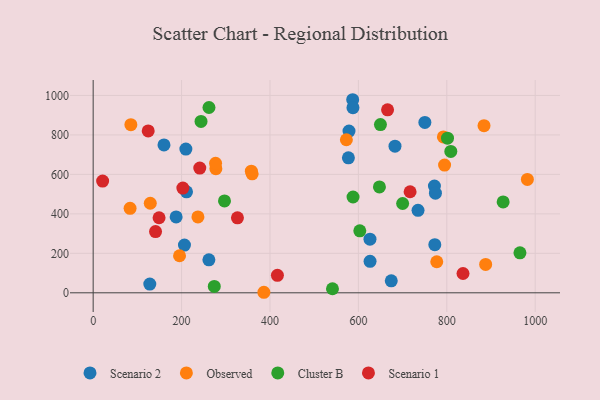
{"axis": {"x": "Experience", "y": "Yield"}, "legend": ["Cluster B", "Observed", "Scenario 1", "Scenario 2"], "data": [{"x": "261.8", "y": 167.0, "type": "Scenario 2"}, {"x": "187.7", "y": 384.7, "type": "Scenario 2"}, {"x": "674.4", "y": 60.9, "type": "Scenario 2"}, {"x": "682.8", "y": 742.9, "type": "Scenario 2"}, {"x": "128.1", "y": 44.3, "type": "Scenario 2"}, {"x": "577.4", "y": 684.0, "type": "Scenario 2"}, {"x": "626.4", "y": 159.3, "type": "Scenario 2"}, {"x": "206.5", "y": 241.6, "type": "Scenario 2"}, {"x": "734.9", "y": 417.8, "type": "Scenario 2"}, {"x": "211.2", "y": 511.6, "type": "Scenario 2"}, {"x": "587.1", "y": 978.3, "type": "Scenario 2"}, {"x": "772.0", "y": 540.6, "type": "Scenario 2"}, {"x": "587.7", "y": 938.2, "type": "Scenario 2"}, {"x": "578.8", "y": 819.3, "type": "Scenario 2"}, {"x": "160.2", "y": 749.3, "type": "Scenario 2"}, {"x": "750.4", "y": 863.3, "type": "Scenario 2"}, {"x": "772.9", "y": 243.9, "type": "Scenario 2"}, {"x": "209.7", "y": 728.5, "type": "Scenario 2"}, {"x": "626.2", "y": 271.7, "type": "Scenario 2"}, {"x": "774.3", "y": 504.7, "type": "Scenario 2"}, {"x": "85.3", "y": 851.7, "type": "Observed"}, {"x": "777.3", "y": 157.3, "type": "Observed"}, {"x": "795.0", "y": 647.1, "type": "Observed"}, {"x": "83.5", "y": 428.2, "type": "Observed"}, {"x": "572.8", "y": 775.6, "type": "Observed"}, {"x": "237.0", "y": 384.3, "type": "Observed"}, {"x": "982.3", "y": 574.7, "type": "Observed"}, {"x": "386.2", "y": 2.7, "type": "Observed"}, {"x": "884.2", "y": 846.9, "type": "Observed"}, {"x": "129.2", "y": 453.7, "type": "Observed"}, {"x": "195.4", "y": 187.7, "type": "Observed"}, {"x": "277.6", "y": 628.7, "type": "Observed"}, {"x": "276.9", "y": 656.5, "type": "Observed"}, {"x": "792.3", "y": 789.8, "type": "Observed"}, {"x": "887.9", "y": 144.0, "type": "Observed"}, {"x": "357.8", "y": 616.1, "type": "Observed"}, {"x": "359.7", "y": 603.0, "type": "Observed"}, {"x": "274.0", "y": 32.4, "type": "Cluster B"}, {"x": "965.5", "y": 202.7, "type": "Cluster B"}, {"x": "244.0", "y": 868.6, "type": "Cluster B"}, {"x": "297.1", "y": 465.7, "type": "Cluster B"}, {"x": "801.6", "y": 783.3, "type": "Cluster B"}, {"x": "262.0", "y": 938.9, "type": "Cluster B"}, {"x": "927.5", "y": 460.3, "type": "Cluster B"}, {"x": "541.4", "y": 20.6, "type": "Cluster B"}, {"x": "587.9", "y": 485.4, "type": "Cluster B"}, {"x": "809.1", "y": 716.3, "type": "Cluster B"}, {"x": "603.2", "y": 314.2, "type": "Cluster B"}, {"x": "649.9", "y": 852.3, "type": "Cluster B"}, {"x": "647.6", "y": 536.4, "type": "Cluster B"}, {"x": "700.1", "y": 452.5, "type": "Cluster B"}, {"x": "416.8", "y": 88.8, "type": "Scenario 1"}, {"x": "326.4", "y": 380.1, "type": "Scenario 1"}, {"x": "141.1", "y": 310.2, "type": "Scenario 1"}, {"x": "836.7", "y": 97.8, "type": "Scenario 1"}, {"x": "666.0", "y": 927.3, "type": "Scenario 1"}, {"x": "21.4", "y": 566.0, "type": "Scenario 1"}, {"x": "717.0", "y": 512.1, "type": "Scenario 1"}, {"x": "241.2", "y": 631.8, "type": "Scenario 1"}, {"x": "149.1", "y": 380.4, "type": "Scenario 1"}, {"x": "202.9", "y": 530.8, "type": "Scenario 1"}, {"x": "124.5", "y": 820.4, "type": "Scenario 1"}]}